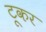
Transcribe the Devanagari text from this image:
टूकर